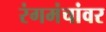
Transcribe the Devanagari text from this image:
रंगमंचांवर